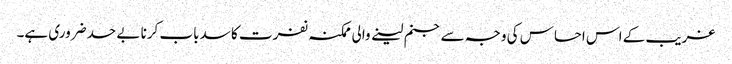
غریب کے اس احساس کی وجہ سے جنم لینے والی ممکنہ نفرت کا سدباب کرنا بے حد ضروری ہے۔